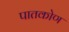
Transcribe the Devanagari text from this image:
पातकोण